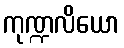
ကုဏ္ဍလိယော